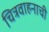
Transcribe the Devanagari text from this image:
चित्रवाहनाची